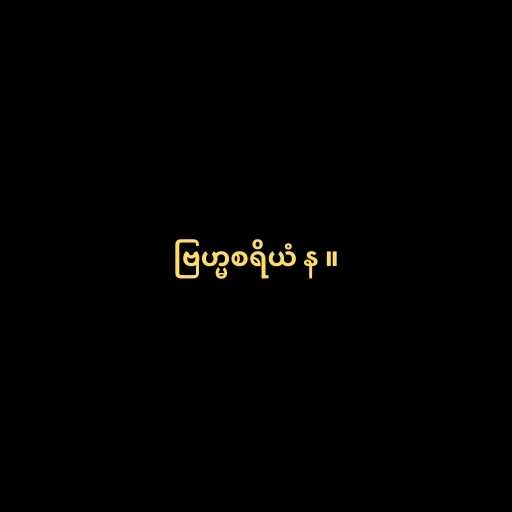
ဗြဟ္မစရိယံ န ။